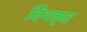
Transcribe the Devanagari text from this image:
विभक्त